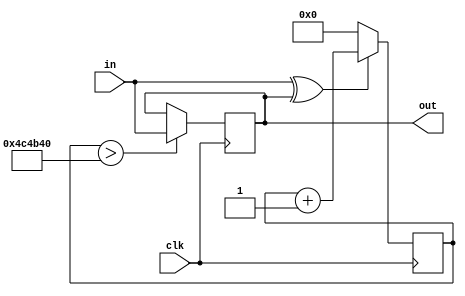
module debounce
	#(parameter clkFreq = 50_000_000,
					debounceDelay = 10)
(
	input clk,
	input in,
	output reg out
);
	
	reg [31:0] counter = 0;
	
	always @(posedge clk) begin
		if (in ^ out) begin
			counter <= counter + 1;
		end else begin
			counter <= 0;
		end
		
		if (counter > clkFreq/debounceDelay) begin
			out <= in;
		end
	end
endmodule